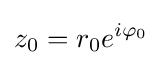
z_{0}=r_{0}e^{i\varphi _{0}}